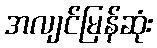
အလျင်မြန်ဆုံး